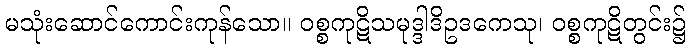
မသုံးဆောင်ကောင်းကုန်သော။ ဝစ္စကုဋိသမုဒ္ဒါဒိဥဒကေသု၊ ဝစ္စကုဋိတွင်း၌